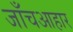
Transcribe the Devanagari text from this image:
जाँचआहार